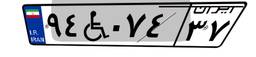
۸۲W۶۶۸۳۴